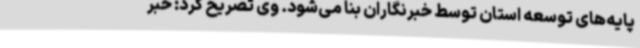
پایه‌های توسعه استان توسط خبرنگاران بنا می‌شود. وی تصریح کرد: خبر